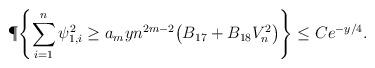
LaTeX: \begin{align*}\P\Biggl\{ \sum_{i=1}^n\psi_{1,i}^2 \geq a_m y n^{2m -2 }\bigl(B_{17} +B_{18} V_n^2 \bigr) \Biggr\} \leq C e^{-y/4 }. \end{align*}